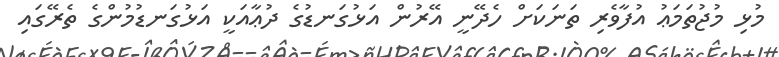
މުޅި މުޖުތަމަޢު އުފާވެރި ތަނަކަށް ހެދޭނީ އޭރުން އަޅުގަނޑުގެ ދުޢާއަކީ އަޅުގަނޑުމުންގެ ތެރޭގައި